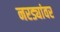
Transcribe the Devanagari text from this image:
नरड्यांवर